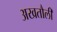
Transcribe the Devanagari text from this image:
अखतौली